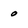
Character: 0